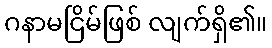
ဂနာမငြိမ်ဖြစ် လျက်ရှိ၏။